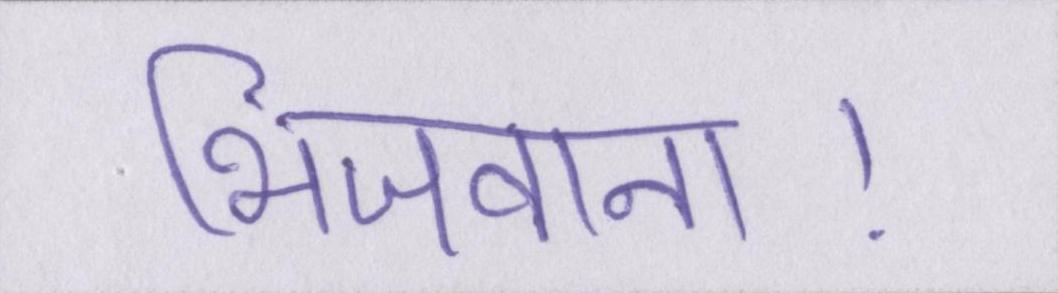
भिजवाना।